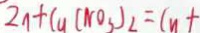
2 n + C u ( N O _ { 3 } ) _ { 2 } = C u +